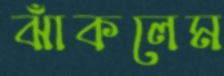
ঝাঁকলেম